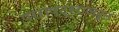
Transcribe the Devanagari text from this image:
परराष्ट्रराजदूत